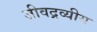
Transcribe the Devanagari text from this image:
जीवद्रव्यीय